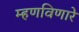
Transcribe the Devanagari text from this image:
म्हणविणारे